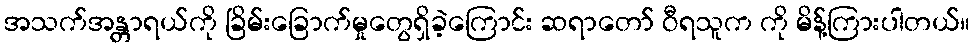
အသက်အန္တာရယ်ကို ခြိမ်းခြောက်မှုတွေရှိခဲ့ကြောင်း ဆရာတော် ဝီရသူက ကို မိန့်ကြားပါတယ်။